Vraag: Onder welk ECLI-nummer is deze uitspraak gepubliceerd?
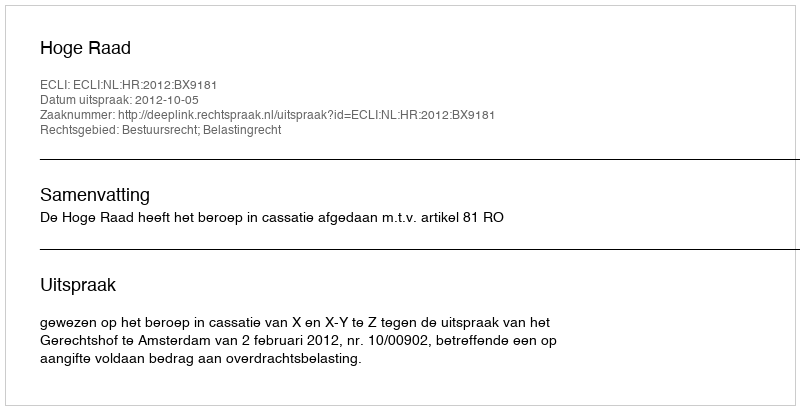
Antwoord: ECLI:NL:HR:2012:BX9181